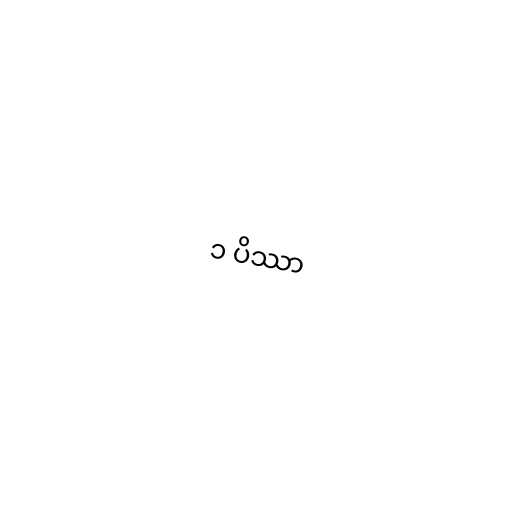
၁ ပိဿာ